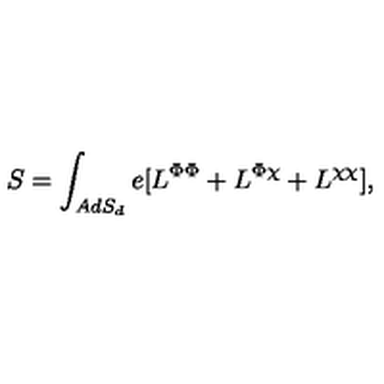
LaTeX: S = \int _ { A d S _ { d } } e [ L ^ { \Phi \Phi } + L ^ { \Phi \chi } + L ^ { \chi \chi } ] ,